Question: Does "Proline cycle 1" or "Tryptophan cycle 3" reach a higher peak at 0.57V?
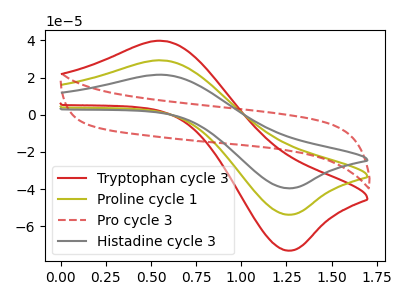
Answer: <think>The red curve "Tryptophan cycle 3" has an anodic peak at (0.55V, 58.30uA) and a cathodic peak at (1.30V, -107.40uA). The olive curve "Proline cycle 1" has an anodic peak at (0.55V, 29.15uA) and a cathodic peak at (1.30V, -53.70uA). The red dashed curve "Pro cycle 3" has no peaks. The gray curve "Histadine cycle 3" has an anodic peak at (0.55V, 21.45uA) and a cathodic peak at (1.30V, -39.50uA).</think>
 <answer>The peak at 0.57V is lower in "Proline cycle 1" than in "Tryptophan cycle 3".</answer>
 <eval>lower</eval>